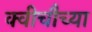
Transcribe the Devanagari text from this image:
क्वीचौच्या